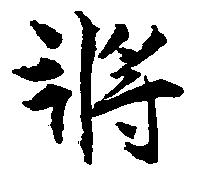
将